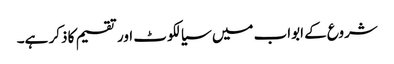
شروع کے ابواب میں سیالکوٹ اور تقسیم کا ذکر ہے۔